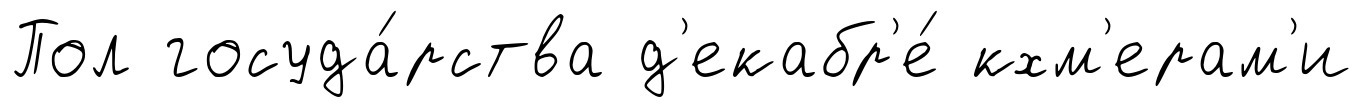
Пол госуда́рства д'екабр'е́ кхм'ерам'и